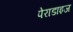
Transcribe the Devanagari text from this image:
पेराडाइज